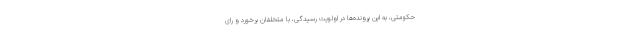
حکومتی، به این پرونده‌ها در اولویت رسیدگی، با متخلفان برخورد و رای